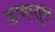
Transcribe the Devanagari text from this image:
जामातुल